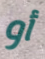
أو